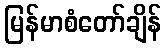
မြန်မာစံတော်ချိန်